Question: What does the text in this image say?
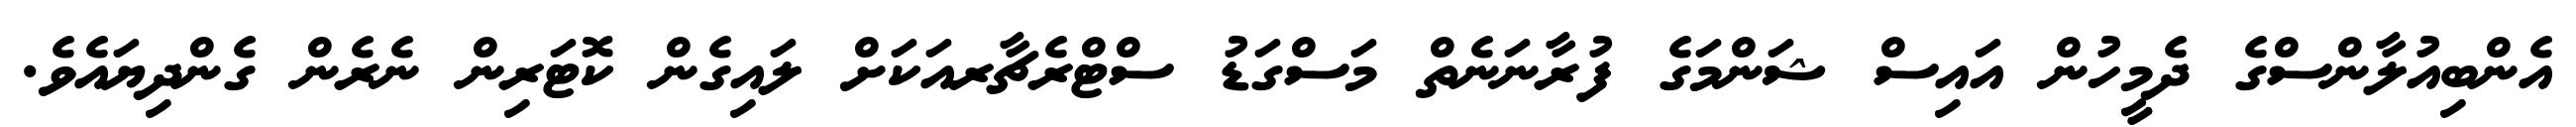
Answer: އެންބިއުލާންސްގެ ދެމީހުން އައިސް ޝަންމަގެ ފުރާނަނެތް މަސްގަޑު ސްޓްރެޗާރއަކަށް ލައިގެން ކޮޓަރިން ނެރެން ގެންދިޔައެވެ.